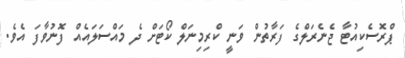
ޕްރޮސެކިއުޓާ ޖެނެރަލްގެ ފަރާތުން ވަނީ ކްރިމިނަލް ކޯޓަށް ދެ މައްސަލައެއް ފޮނުވާފަ އެވެ.